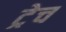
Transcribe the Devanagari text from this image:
ट्रेच